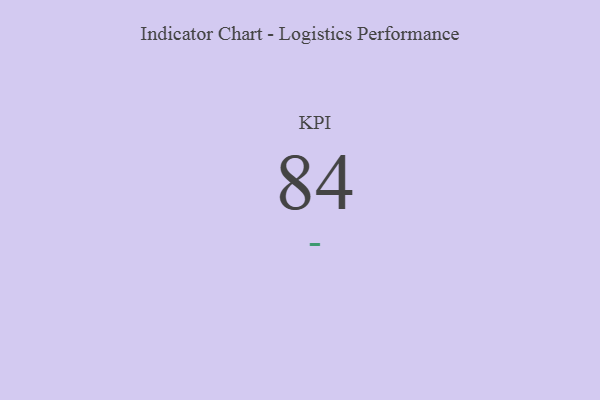
{"axis": {"x": "KPI", "y": "Value"}, "legend": [""], "data": [{"x": "KPI", "y": 84, "type": ""}]}